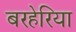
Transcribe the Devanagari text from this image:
बरहेरिया